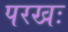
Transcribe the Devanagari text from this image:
परखः